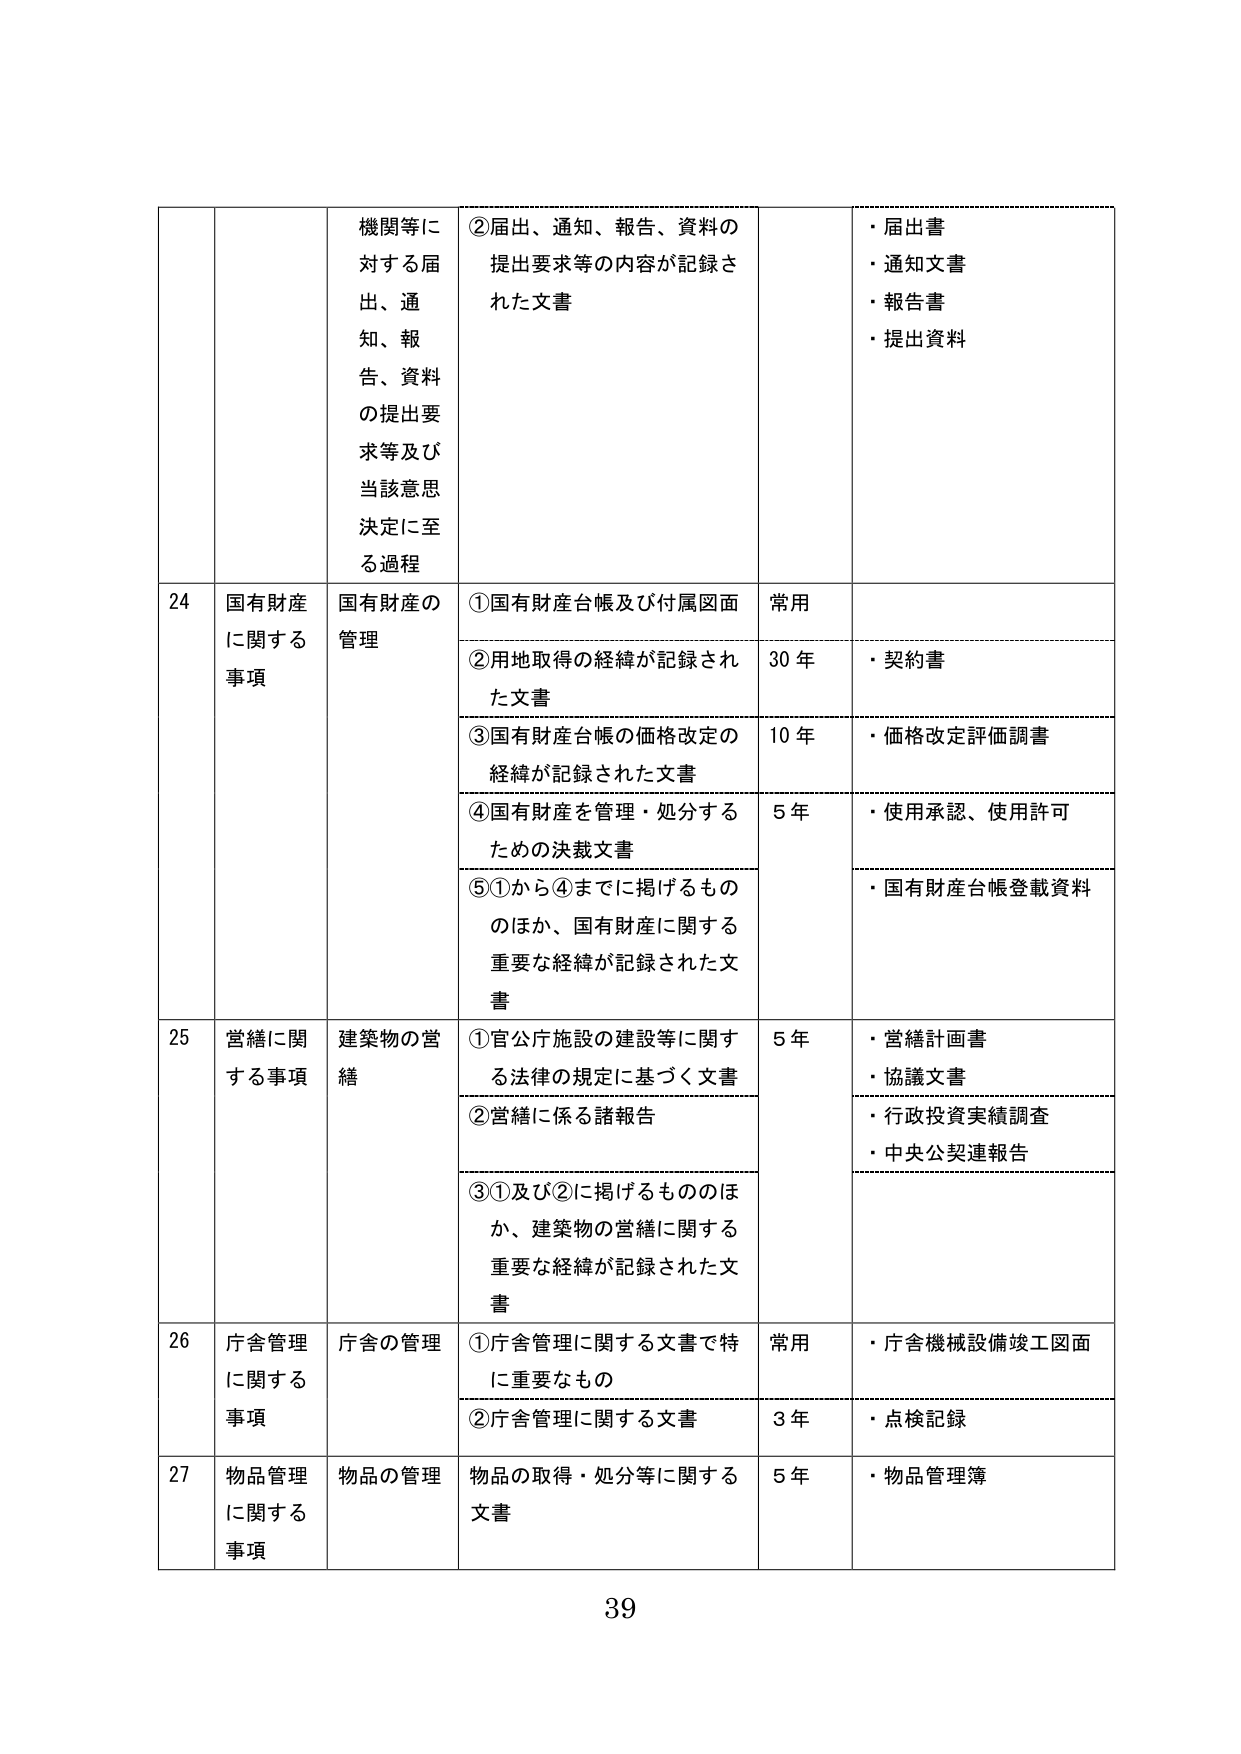
24 国有財産に関する事項 国有財産の管理 ①国有財産台帳及び付属図面 常用 ②用地取得の経緯が記録された文書 30年 ・契約書 ③国有財産台帳の価格改定の経緯が記録された文書 10年 ・価格改定評価調書 ④国有財産を管理・処分するための決裁文書 5年 ・使用承認、使用許可 ⑤①から④までに掲げるもの のほか、国有財産に関する重要な経緯が記録された文書 ・国有財産台帳登載資料 25 営繕に関する事項 建築物の営繕 ①官公庁施設の建設等に関する法律の規定に基づく文書 5年 ・営繕計画書 ・協議文書 ②営繕に係る諸報告 ・行政投資実績調査 ・中央公契連報告 ③①及び②に掲げるものほか、建築物の営繕に関する重要な経緯が記録された文書 26 庁舎管理に関する事項 庁舎の管理 ①庁舎管理に関する文書で特に重要なもの 常用 ・庁舎機械設備竣工図面 ②庁舎管理に関する文書 3年 ・点検記録 27 物品管理に関する事項 物品の管理 物品の取得・処分等に関する文書 5年 ・物品管理簿 機関等に対する届出、通知、報告、資料の提出要求等及び当該意思決定に至る過程 ②届出、通知、報告、資料の提出要求等の内容が記録された文書 ・届出書 ・通知文書 ・報告書 ・提出資料 39